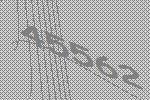
45562